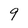
Character: 9